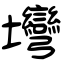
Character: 壪